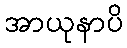
အာယုနာပိ